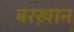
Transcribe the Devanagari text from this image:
बरख़ान